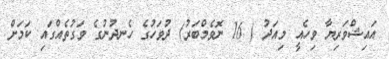
އައިޝްވަރިޔާ ވިހެއީ މިއަދު ( 16 ނޮވެމްބަރު) ދުވަހުގެ ހެނދުނުގެ ވަގުތެއްގައި ކަމަށް